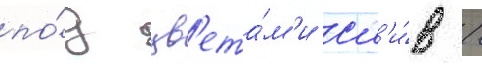
по́д цв'ета́м'и сл'и́в /